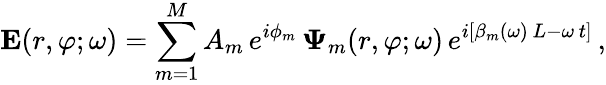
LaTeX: {\mathbf E}(r,\varphi;\omega)=\sum_{m=1}^{M}A_{m}\, e^{i\phi_{m}}\, {\mathbf\Psi}_{m}(r,\varphi;\omega)\, e^{i[\beta_{m}(\omega)\, L-\omega\, t]}\, ,